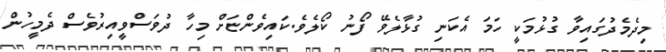
މިދެމެދުގައިވާ ގުޅުމަކީ ހަމަ އެކަނި ގުޅާލެވޭ ފޯނު ކޯލެވެ.ކައިވެންޏަށް މިހާ ދުވަސްވީއިރުވެސް ދެމީހުން